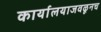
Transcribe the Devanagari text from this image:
कार्यालयाजवळूनच